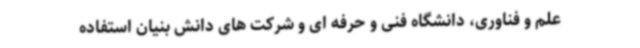
علم و فناوری، دانشگاه فنی و حرفه ای و شرکت های دانش بنیان استفاده